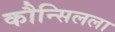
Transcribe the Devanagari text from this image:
कौन्सिलला